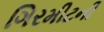
ગિરમીટની